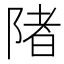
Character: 陼